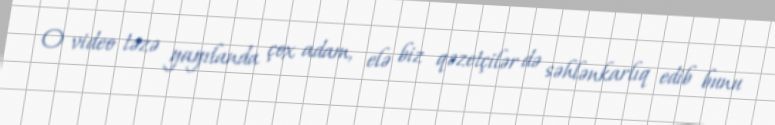
O video təzə yayılanda çox adam, elə biz qəzetçilər də səhlənkarlıq edib bunu